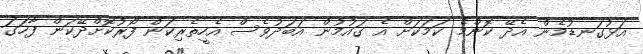
އަޅުގަނޑުމެން އެދޭ ކޮންމެ ކަމަކަށް އެ ގައުމުން އަބަދުވެސް އެހީތެރިކަން ފޯރުކޮށްދޭކަން ފާހަގަ